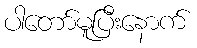
ပါတော်မူပြီးနောက်